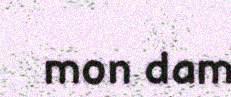
mon dam